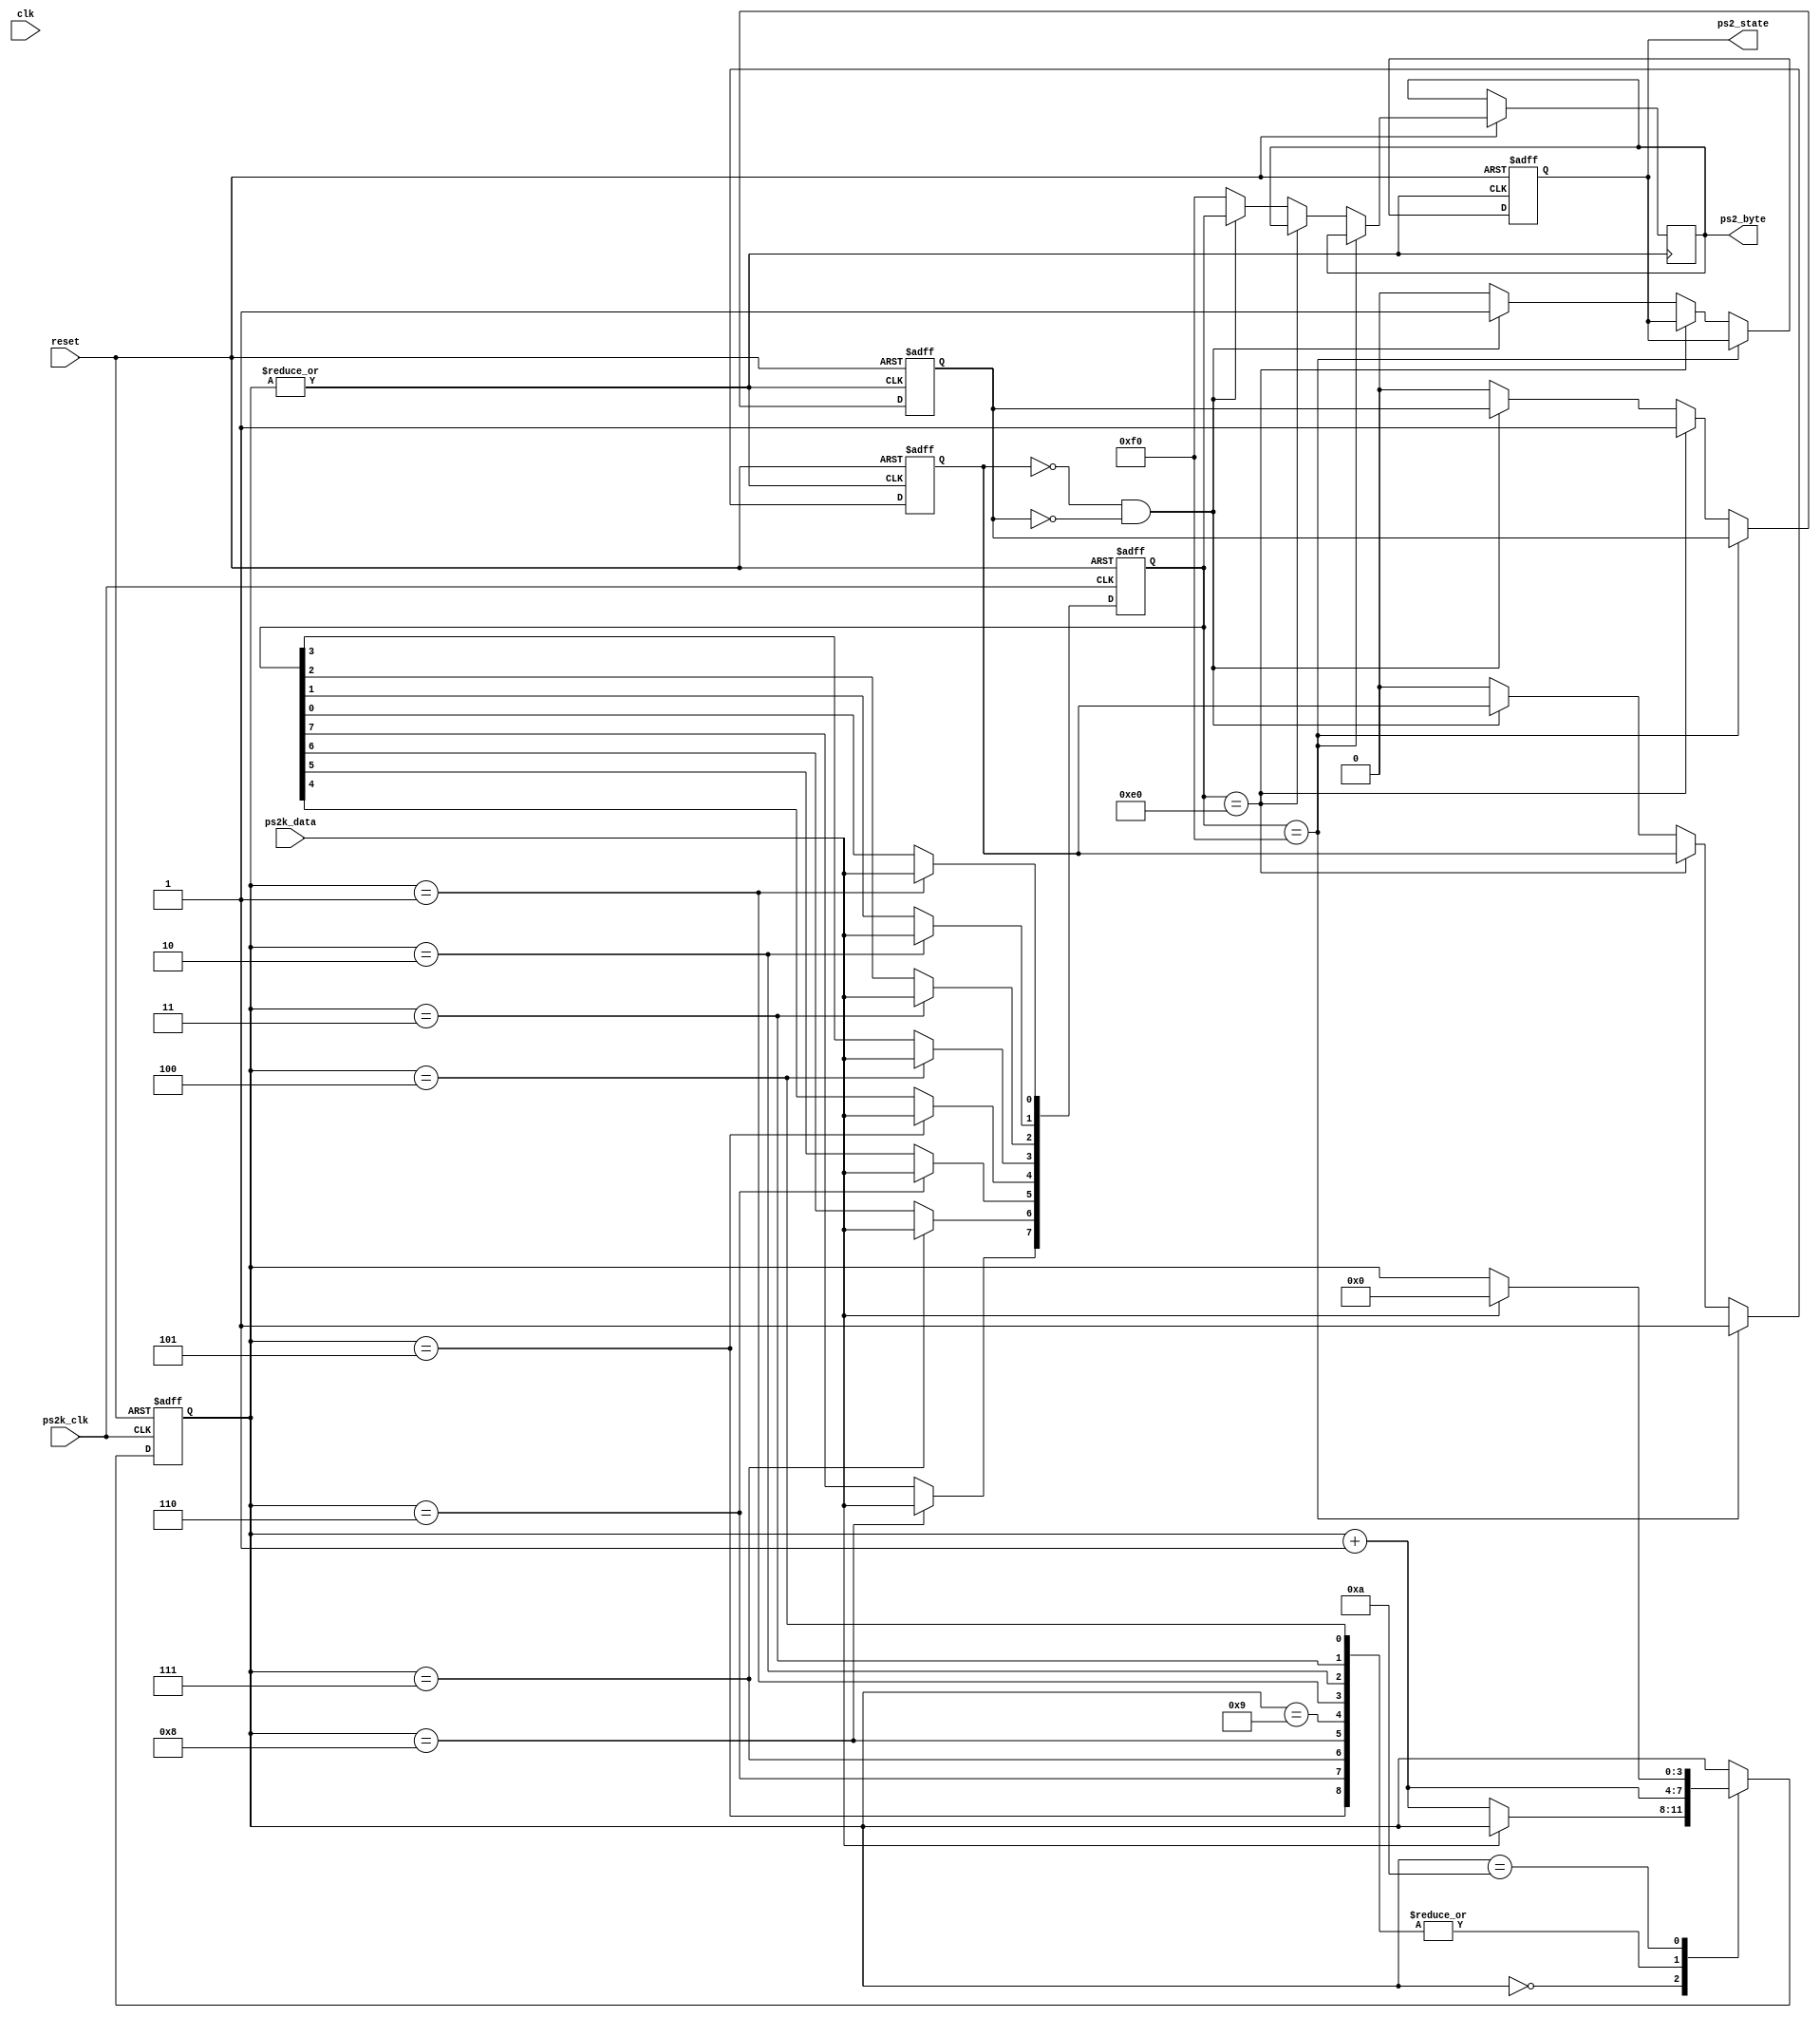
module ps2scan(
	input clk,
	input reset,
	//input[3:0] switch,
	input ps2k_clk,
	input ps2k_data,
	output[7:0] ps2_byte,
	output ps2_state
	//output[3:0] led
);
//------------------------------------------
reg passed = 0;
reg failed = 0;

//assign led[0] = ps2k_clk;
//assign led[1] = stop_good;
//assign led[2] = parity_good;
//assign led[3] = start_good;


//------------------------------------------
reg[7:0] ps2_byte_r;
reg[7:0] temp_data;
reg[3:0] num;
wire parity_check;
reg parity_good;
reg start_good;
reg stop_good;
reg send_led;

assign parity_check = ~^temp_data;

always @ (negedge ps2k_clk or negedge reset) begin
	if(!reset) begin
			num <= 4'd0;
			temp_data <= 8'd0;
			parity_good <= 1'b0;
			start_good <= 1'b0;
			stop_good <= 1'b0;
		end
		else begin
				case (num)
					4'd0:	begin								
								start_good <= ~ps2k_data;
								if (~ps2k_data) begin
									num <= num+1'b1;
								end
							end
					4'd1:	begin
								num <= num+1'b1;
								temp_data[0] <= ps2k_data;	//bit0
							end
					4'd2:	begin
								num <= num+1'b1;
								temp_data[1] <= ps2k_data;	//bit1
							end
					4'd3:	begin
								num <= num+1'b1;
								temp_data[2] <= ps2k_data;	//bit2
							end
					4'd4:	begin
								num <= num+1'b1;
								temp_data[3] <= ps2k_data;	//bit3
							end
					4'd5:	begin
								num <= num+1'b1;
								temp_data[4] <= ps2k_data;	//bit4
							end
					4'd6:	begin
								num <= num+1'b1;
								temp_data[5] <= ps2k_data;	//bit5
							end
					4'd7:	begin
								num <= num+1'b1;
								temp_data[6] <= ps2k_data;	//bit6
							end
					4'd8:	begin
								num <= num+1'b1;
								temp_data[7] <= ps2k_data;	//bit7
							end
					4'd9:	begin
								num <= num+1'b1;
								parity_good <= parity_check == ps2k_data; 
							end
					4'd10: begin
								// stop
								stop_good <= ps2k_data;
								if (ps2k_data) begin
									num <= 4'd0;
									
								end
							end
					default: ;
					endcase
				end
end

reg key_f0;
reg key_e0;	
reg ps2_state_r;	

always @ (posedge newcode or negedge reset) begin
	if(!reset) begin
			key_f0 <= 1'b0;
			key_e0 <= 1'b0;
			ps2_state_r <= 1'b0;
		end
	else begin
			if(temp_data == 8'hf0) key_f0 <= 1'b1;
			else if (temp_data == 8'he0) key_e0 <= 1'b1;
			else begin
					if(!key_f0 && !key_e0) begin
							ps2_byte_r <= temp_data;
							ps2_state_r <= 1'b1;
						end
					else begin
							ps2_state_r <= 1'b0;
							key_f0 <= 1'b0;
							key_e0 <= 1'b0;
							ps2_byte_r<=8'hf0;
						end
				end
		end
end

reg[7:0] ps2_asci;
wire newcode;
reg newcode2;
reg newkey;

always @ (negedge clk or negedge reset) begin
	if (!reset) begin
			newkey <= 1'b0;
			newcode2 <= 1'b0;
		end
	else if (newcode2 != newcode) newcode2 <= newcode;
	else newkey <= newcode2 & ps2_state_r;
end

assign newcode = ~|num;

reg[7:0] code_last;
reg[7:0] code_1;
reg[7:0] code_2;
reg[7:0] code_3;

reg[7:0] aa_count;

always @ (posedge newkey or negedge reset) begin
	if(!reset) begin
			passed <= 1'b0;
			failed <= 1'b0;
			code_last <= 8'h00;
			code_1 <= 8'h00;
			code_2 <= 8'h00;
			code_3 <= 8'h00;
			ps2_asci <= 0;
			aa_count <= 0;
		
		end
	else begin
			code_3 <= code_2;
			code_2 <= code_1;
			code_1 <= code_last;
			code_last <= ps2_byte_r;
		/*	
		case (ps2_byte_r)
							  	
			8'h1c: ps2_asci <= 8'h41;	//A: PLUS 2 point for HOME
			8'h1b: ps2_asci <= 8'h53;	//S: PLUS 3 point for HOME
			8'h42: ps2_asci <= 8'h4b;	//K: PLUS  2 point for GUEST
			8'h4b: ps2_asci <= 8'h4c;	//L : PLUS 3 point for GUEST
			8'h29: ps2_asci <= 8'h20;  //Space : PAUSE
			8'haa: aa_count <= aa_count + 1;
			default: ;//ps2_asci <= ps2_byte_r; // debug
			endcase*/
		end
end

//assign ps2_byte = ~switch[0]? code_last : (~switch[1]? code_1 : (~switch[2]? code_2 : (~switch[3]? code_3 : ps2_asci))); // control which was press if press at same time
assign ps2_byte=ps2_byte_r; // always choose last ps2_data;
assign ps2_state = ps2_state_r;

endmodule